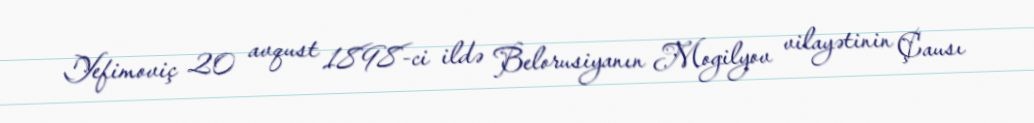
Yefimoviç 20 avqust 1898-ci ildə Belorusiyanın Mogilyov vilayətinin Çausı